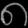
Digit: ၈